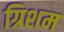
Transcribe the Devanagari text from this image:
ग्रिशम